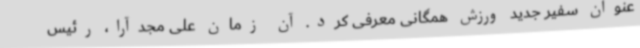
‌عنوان سفیر جدید ورزش همگانی معرفی کرد. آن زمان علی مجدآرا، رئیس